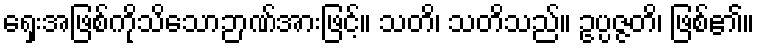
ရှေးအဖြစ်ကိုသိသောဉာဏ်အားဖြင့်။ သတိ၊ သတိသည်။ ဥပ္ပဇ္ဇတိ၊ ဖြစ်၏။